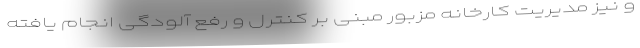
و نیز مدیریت کارخانه مزبور مبنی بر کنترل و رفع آلودگی انجام یافته